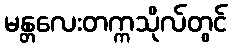
မန္တလေးတက္ကသိုလ်တွင်